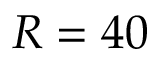
R = 4 0